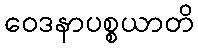
ဝေဒနာပစ္စယာတိ